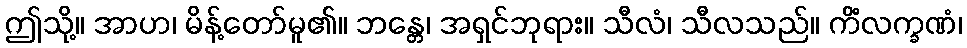
ဤသို့။ အာဟ၊ မိန့်တော်မူ၏။ ဘန္တေ၊ အရှင်ဘုရား။ သီလံ၊ သီလသည်။ ကိံလက္ခဏံ၊